Indian journal of veterinary science and animal husbandry - Volumes 22-23, 1952-1953
Year: 1952
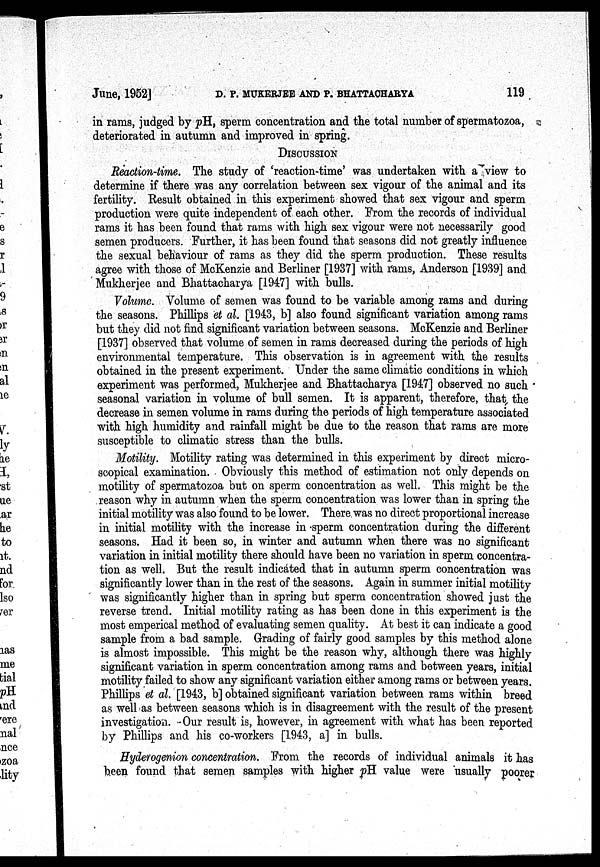
June, 1952]
D. P. MUKERJEE AND P. BHATTACHARYA
119
in rams, judged by pH, sperm concentration and the total number of spermatozoa,
deteriorated in autumn and improved in spring.
DISCUSSION
Reaction-time. The study of 'reaction-time' was undertaken with a view to
determine if there was any correlation between sex vigour of the animal and its
fertility. Result obtained in this experiment showed that sex vigour and sperm
production were quite independent of each other. From the records of individual
rams it has been found that rams with high sex vigour were not necessarily good
semen producers. Further, it has been found that seasons did not greatly influence
the sexual behaviour of rams as they did the sperm production. These results
agree with those of McKenzie and Berliner [1937] with ranis, Anderson [1939] and
Mukherjee and Bhattacharya [1947] with bulls.
Volume. Volume of semen was found to be variable among rams and during
the seasons. Phillips et al, [1943, b] also found significant variation among rams
but they did not find significant variation between seasons. McKenzie and Berliner
[1937] observed that volume of semen in rams decreased during the periods of high
environmental temperature. This observation is in agreement with the results
obtained in the present experiment. Under the same climatic conditions in which
experiment was performed, Mukherjee and Bhattacharya [1947] observed no such
seasonal variation in volume of bull semen. It is apparent, therefore, that the
decrease in semen volume in rams during the periods of high temperature associated
with high humidity and rainfall might be due to the reason that rams are more
susceptible to climatic stress than the bulls.
Motility. Motility rating was determined in this experiment by direct micro-
scopical examination. Obviously this method of estimation not only depends on
motility of spermatozoa but on sperm concentration as well. This might be the
reason why in autumn when the sperm concentration was lower than in spring the
initial motility was also found to be lower. There was no direct proportional increase
in initial motility with the increase in sperm concentration during the different
seasons. Had it been so, in winter and autumn when there was no significant
variation in initial motility there should have been no variation in sperm concentra-
tion as well. But the result indicated that in autumn sperm concentration was
significantly lower than in the rest of the seasons. Again in summer initial motility
was significantly higher than in spring but sperm concentration showed just the
reverse trend. Initial motility rating as has been done in this experiment is the
most emperical method of evaluating semen quality. At best it can indicate a good
sample from a bad sample. Grading of fairly good samples by this method alone
is almost impossible. This might be the reason why, although there was highly
significant variation in sperm concentration among rams and between years, initial
motility failed to show any significant variation either among rams or between years.
Phillips et al. [1943, b] obtained significant variation between rams within breed
as well as between seasons which is in disagreement with the result of the present
investigation. Our result is, however, in agreement with what has been reported
by Phillips and his co-workers [1943, a] in bulls.
Hyderogenion concentration. From the records of individual animals it has
been found that semen samples with higher pH. value were usually poorer